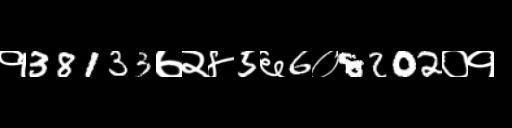
Text: १38133७२४5६6०8202०१